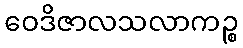
ဝေဒိဇာလသလာကဉ္စ